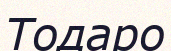
Тодаро